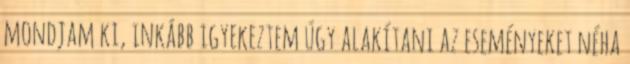
mondjam ki, inkább igyekeztem úgy alakítani az eseményeket néha